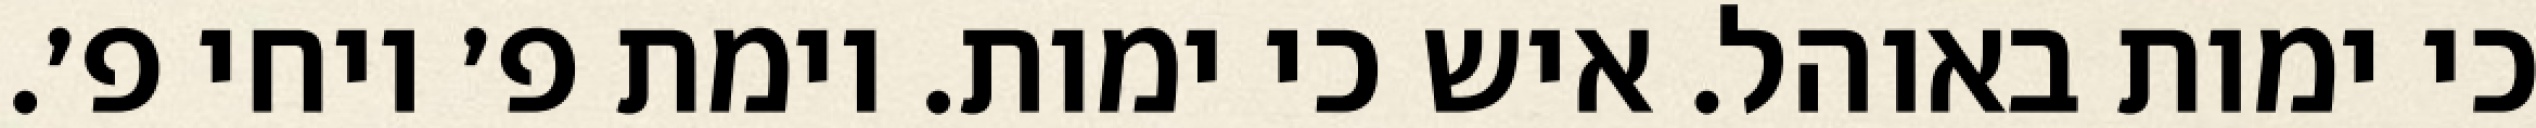
כי ימות באוהל. איש כי ימות. וימת פ׳ ויחי פ׳.